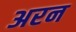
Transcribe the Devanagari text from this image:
अरन